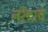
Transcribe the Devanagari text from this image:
नरेंद्राचे